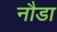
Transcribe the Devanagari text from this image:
नौडा